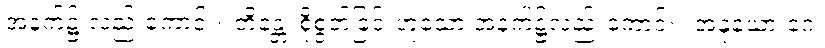
အနက်၌ လည်းကောင်း။ တိန္တေ၊ စိုစွတ်ခြင်းဟူသော အနက်၌လည်းကောင်း။ အနုယော ဂေ၊